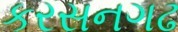
કરસનગઢ